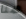
هنا